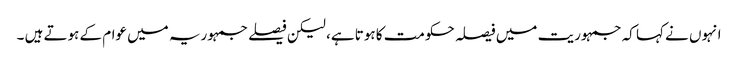
انہوں نے کہا کہ جمہوریت میں فیصلہ حکومت کا ہوتا ہے، لیکن فیصلے جمہوریہ میں عوام کے ہوتے ہیں ۔